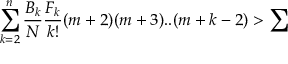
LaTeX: \sum _ { k = 2 } ^ { n } \frac { B _ { k } } { N } \frac { F _ { k } } { k ! } ( m + 2 ) ( m + 3 ) . . ( m + k - 2 ) > \sum